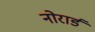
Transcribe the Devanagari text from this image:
नोरार्ड